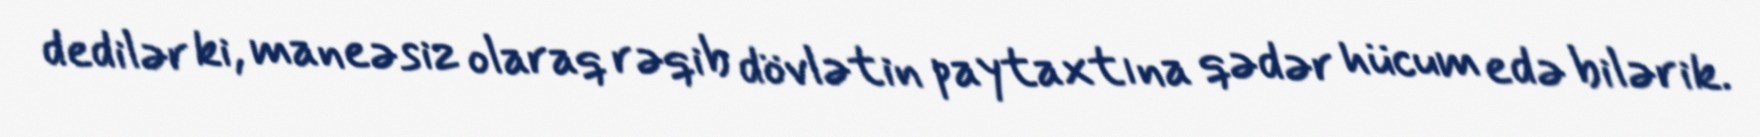
dedilər ki, maneəsiz olaraq rəqib dövlətin paytaxtına qədər hücum edə bilərik.